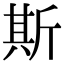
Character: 斯